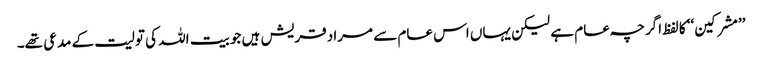
’’مشرکین‘‘ کا لفظ اگرچہ عام ہے لیکن یہاں اس عام سے مراد قریش ہیں جو بیت اللہ کی تولیت کے مدعی تھے۔